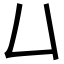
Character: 𠙴